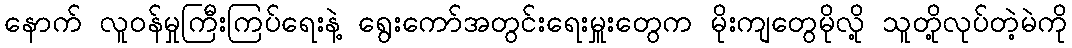
နောက် လူဝန်မှုကြီးကြပ်ရေးနဲ့ ရွေးကော်အတွင်းရေးမှူးတွေက မိုးကျတွေမိုလို့ သူတို့လုပ်တဲ့မဲကို